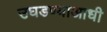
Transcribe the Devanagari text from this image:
उघडण्याआधी